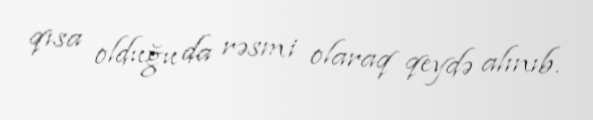
qısa olduğu da rəsmi olaraq qeydə alınıb.